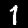
Digit: 1